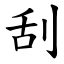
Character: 刮